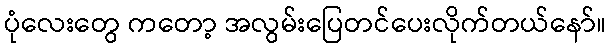
ပုံလေးတွေ ကတော့ အလွမ်းပြေတင်ပေးလိုက်တယ်နော်။